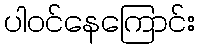
ပါဝင်နေကြောင်း